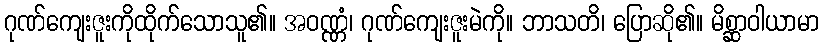
ဂုဏ်ကျေးဇူးကိုထိုက်သောသူ၏။ အဝဏ္ဏံ၊ ဂုဏ်ကျေးဇူးမဲကို။ ဘာသတိ၊ ပြောဆို၏။ မိစ္ဆာဝါယာမာ